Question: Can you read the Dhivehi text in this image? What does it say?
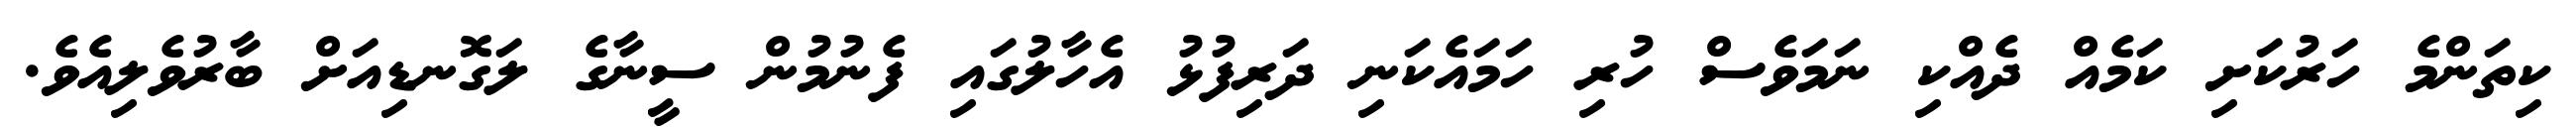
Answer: ކިތަންމެ ހަރުކަށި ކަމެއް ދެއްކި ނަމަވެސް ހުރި ހަމައެކަނި ދަރިފުޅު އެހާލުގައި ފެނުމުން ސީނާގެ ލަގޮނޑިއަށް ބާރުވެލިއެވެ.